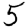
Digit: 5